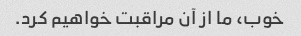
خوب، ما از آن مراقبت خواهیم کرد.